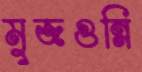
মুজগুন্নি